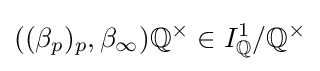
((\beta _{p})_{p},\beta _{\infty })\mathbb {Q} ^{\times }\in I_{\mathbb {Q} }^{1}/\mathbb {Q} ^{\times }